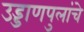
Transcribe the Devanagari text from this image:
उड्डाणपुलांचे